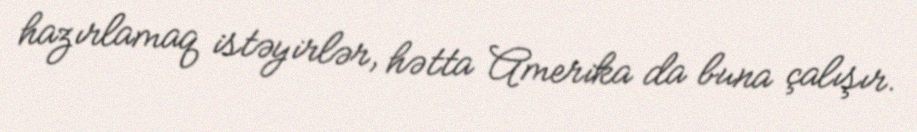
hazırlamaq istəyirlər, hətta Amerika da buna çalışır.